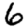
Digit: 6